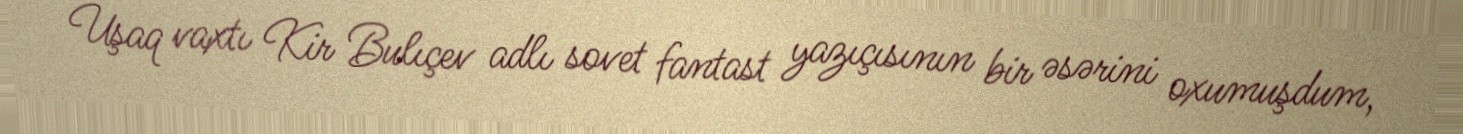
Uşaq vaxtı Kir Bulıçev adlı sovet fantast yazıçısının bir əsərini oxumuşdum,